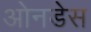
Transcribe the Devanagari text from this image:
ओनडेस